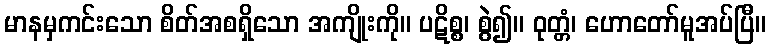
မာနမှကင်းသော စိတ်အစရှိသော အကျိုးကို။ ပဋိစ္စ၊ စွဲ၍။ ဝုတ္တံ၊ ဟောတော်မူအပ်ပြီ။